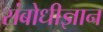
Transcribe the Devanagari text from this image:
संबोधीज्ञान